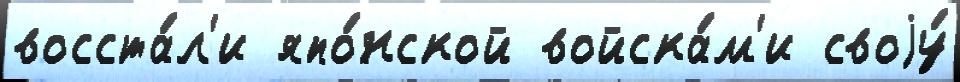
восста́л'и япо́нской войска́м'и своjу́